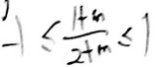
- 1 \leq \frac { 1 + m } { 2 + m } \leq 1